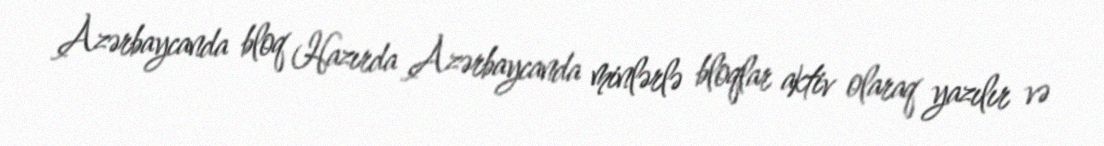
Azərbaycanda bloq Hazırda Azərbaycanda minlərlə bloqlar aktiv olaraq yazılır və